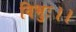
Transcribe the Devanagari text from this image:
विभुः।।